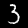
Digit: 3